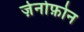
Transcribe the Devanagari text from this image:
ज़ेनोफ़ोन